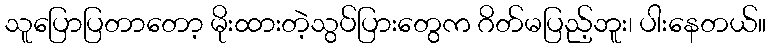
သူပြောပြတာတော့ မိုးထားတဲ့သွပ်ပြားတွေက ဂိတ်မပြည့်ဘူး၊ ပါးနေတယ်။